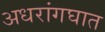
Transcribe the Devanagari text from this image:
अधरांगघात